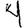
Digit: 4